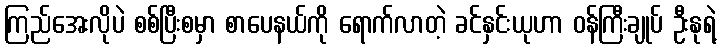
ကြည်အေးလိုပဲ စစ်ပြီးစမှာ စာပေနယ်ကို ရောက်လာတဲ့ ခင်နှင်းယုဟာ ဝန်ကြီးချုပ် ဦးနုရဲ့